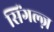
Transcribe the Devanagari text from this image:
सिंगल्ज़